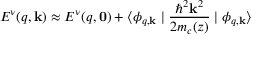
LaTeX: E ^ { \nu } ( q , \mathbf { k } ) \approx E ^ { \nu } ( q , \mathbf { 0 } ) + \langle \phi _ { q , \mathbf { k } } \mid { \frac { \hbar ^ { 2 } \mathbf { k } ^ { 2 } } { 2 m _ { c } ( z ) } } \mid \phi _ { q , \mathbf { k } } \rangle